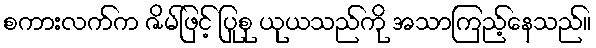
စကားလက်က ဇိမ်ဖြင့် ပြုစု ယုယသည်ကို အသာကြည့်နေသည်။